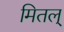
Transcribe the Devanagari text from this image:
मितल्